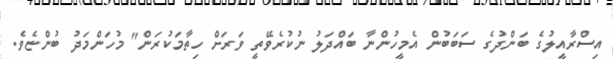
އިސްރާއީލުގެ ބަންދުގެ ސަބަބުން އެމީހުންނާ ބައްދަލު ނުކުރެވޭތީ ވަރަށް ހިތާމަކުރަން" މުހަންމަދު ބުންޏެވެ.